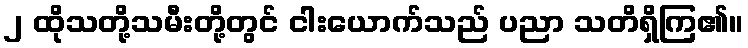
၂ ထိုသတို့သမီးတို့တွင် ငါးယောက်သည် ပညာ သတိရှိကြ၏။